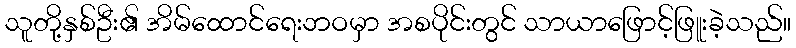
သူတို့နှစ်ဦး၏ အိမ်ထောင်ရေးဘဝမှာ အစပိုင်းတွင် သာယာဖြောင့်ဖြူးခဲ့သည်။